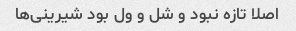
اصلا تازه نبود و شل و ول بود شیرینی‌ها